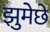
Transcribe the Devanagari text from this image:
झुमेछे